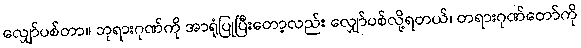
လျှော်ပစ်တာ။ ဘုရားဂုဏ်ကို အာရုံပြုပြီးတော့လည်း လျှော်ပစ်လို့ရတယ်၊ တရားဂုဏ်တော်ကို